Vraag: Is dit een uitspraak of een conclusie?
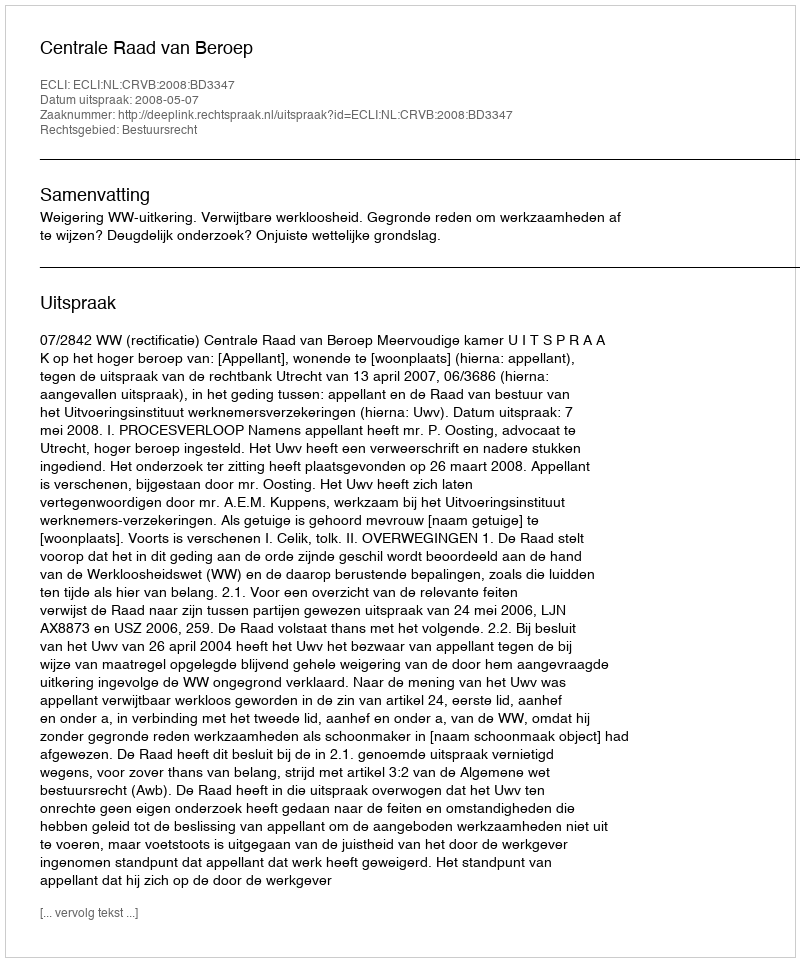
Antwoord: Uitspraak